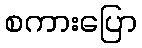
စကားပြော